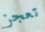
تعجز